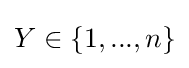
Y\in \{1,...,n\}